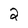
Character: 2